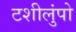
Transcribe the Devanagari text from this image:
टशीलुंपो